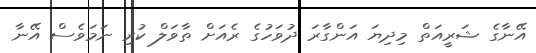
އޭނާގެ ޝަރީއަތް މިދިޔަ އަންގާރަ ދުވަހުގެ ރެއަށް ތާވަލް ކުރި ނަމަވެސް އޭނާ